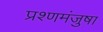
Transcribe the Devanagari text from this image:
प्रश्णमंजुषा